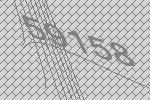
59158